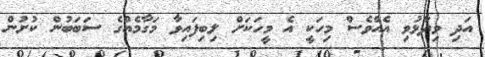
އަދި ވިދާޅުވި އެއްވެސް މިހަކީ އެ މީހަކަށް ލިބިފައިވާ މަގާމެއްގެ ސަބަބުން ކުށުން